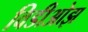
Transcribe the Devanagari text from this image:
विडीओझ